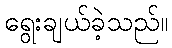
ရွေးချယ်ခဲ့သည်။